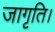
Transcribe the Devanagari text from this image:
जागृति।